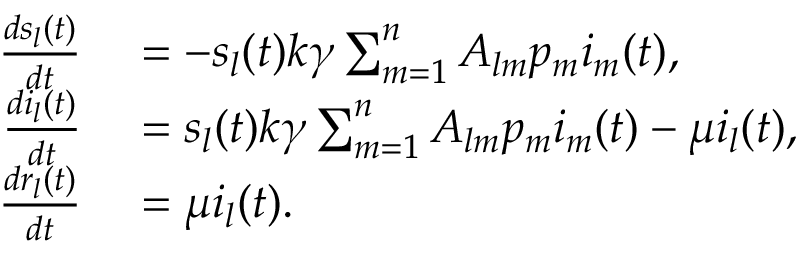
\begin{array} { r l } { \frac { d s _ { l } ( t ) } { d t } } & { { } = - s _ { l } ( t ) k \gamma \sum _ { m = 1 } ^ { n } { A _ { l m } p _ { m } i _ { m } ( t ) } , } \\ { \frac { d i _ { l } ( t ) } { d t } } & { { } = s _ { l } ( t ) k \gamma \sum _ { m = 1 } ^ { n } { A _ { l m } p _ { m } i _ { m } ( t ) } - \mu i _ { l } ( t ) , } \\ { \frac { d r _ { l } ( t ) } { d t } } & { { } = \mu i _ { l } ( t ) . } \end{array}